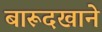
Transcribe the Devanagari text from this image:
बारूदखाने